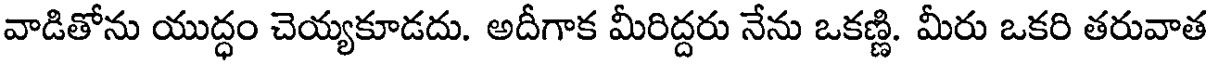
వాడితోను యుద్ధం చెయ్యకూడదు. అదీగాక మీరిద్దరు నేను ఒకణ్ణి. మీరు ఒకరి తరువాత